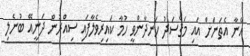
އޭނާ އެތަނަށް އައި މަޤްސަދު ހަނދާންވީ ހުމާ ކައިރިވެލާފައި ސިއްރުން ދަނީއޭ ބުނެލި